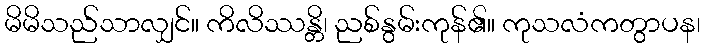
မိမိသည်သာလျှင်။ ကိလိဿန္တိ၊ ညစ်နွမ်းကုန်၏။ ကုသလံကတွာပန၊